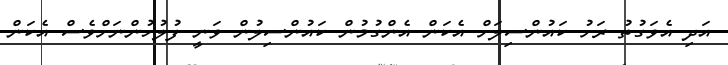
އަދި އެވަގުތު ރަށު ކައުންސިލަށް އެކަން އެންގުމުން ކައުންސިލުން ވަނީ ފުލުހުންނަށްވެސް އެކަން